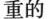
重的